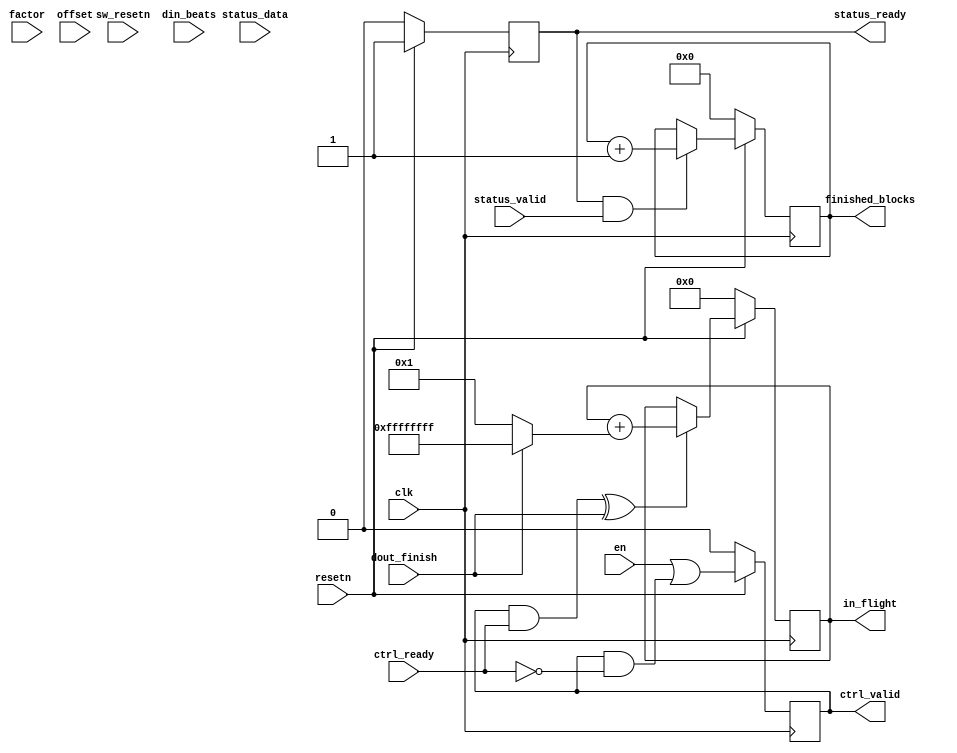
module ldpc_ber_tester_ctrl (
    input               clk,
    input               resetn,

    input               en,
    input               sw_resetn,

    input     [15:0]    factor,
    input     [ 7:0]    offset,
    input     [15:0]    din_beats,

    output reg          ctrl_valid,
    input               ctrl_ready,

    input               status_valid,
    output reg          status_ready,
    input      [31:0]   status_data,

    // Explicitly NOT called "dout_last" to prevent confusion with tlast.
    // This signal is only high if the current beat is actually the
    // last one in the stream, i.e. ready and valid are also high.
    input               dout_finish,

    output reg [63:0]   finished_blocks,
    output reg [31:0]   in_flight
    );

    always @(posedge clk) begin
        if (!resetn) begin
            ctrl_valid <= 'h0;
            status_ready <= 'h0;
            finished_blocks <= 'h0;
            in_flight <= 'h0;
        end else begin
            status_ready <= 1'h1;
            ctrl_valid <= en || (ctrl_valid && !ctrl_ready);

            if (status_ready & status_valid)
                finished_blocks <= finished_blocks + 1;

            // Transactions start with a CTRL word to provide information
            // about the contents of the DIN stream. Once the data has been
            // processed we receive a CTRL beat and data on DOUT. We consider
            // the last beat of DOUT the be the end of a transaction.
            if ((ctrl_valid && ctrl_ready) ^ dout_finish) begin
                in_flight <= in_flight + (dout_finish ? -1 : 1);
            end
        end
    end

endmodule